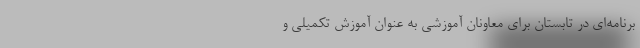
برنامه‌ای در تابستان برای معاونان آموزشی به عنوان آموزش تکمیلی و